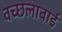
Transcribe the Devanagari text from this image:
वच्छलाबाई